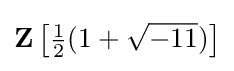
\mathbf {Z} \left[{\tfrac {1}{2}}(1+{\sqrt {-11}})\right]